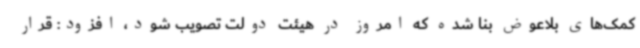
کمک‌های بلاعوض بنا شده که امروز در هیئت دولت تصویب شود، افزود: قرار